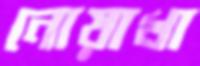
নোয়াখা